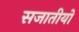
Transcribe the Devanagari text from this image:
सजातीयों